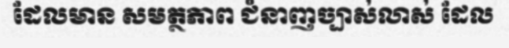
ដែលមាន សមត្ថភាព ជំនាញច្បាស់លាស់ ដែល